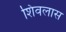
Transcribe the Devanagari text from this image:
शिवलास